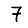
Digit: 7